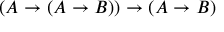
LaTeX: ( A \to ( A \to B ) ) \to ( A \to B )